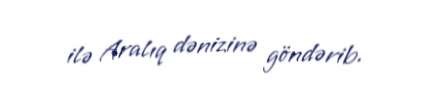
ilə Aralıq dənizinə göndərib.